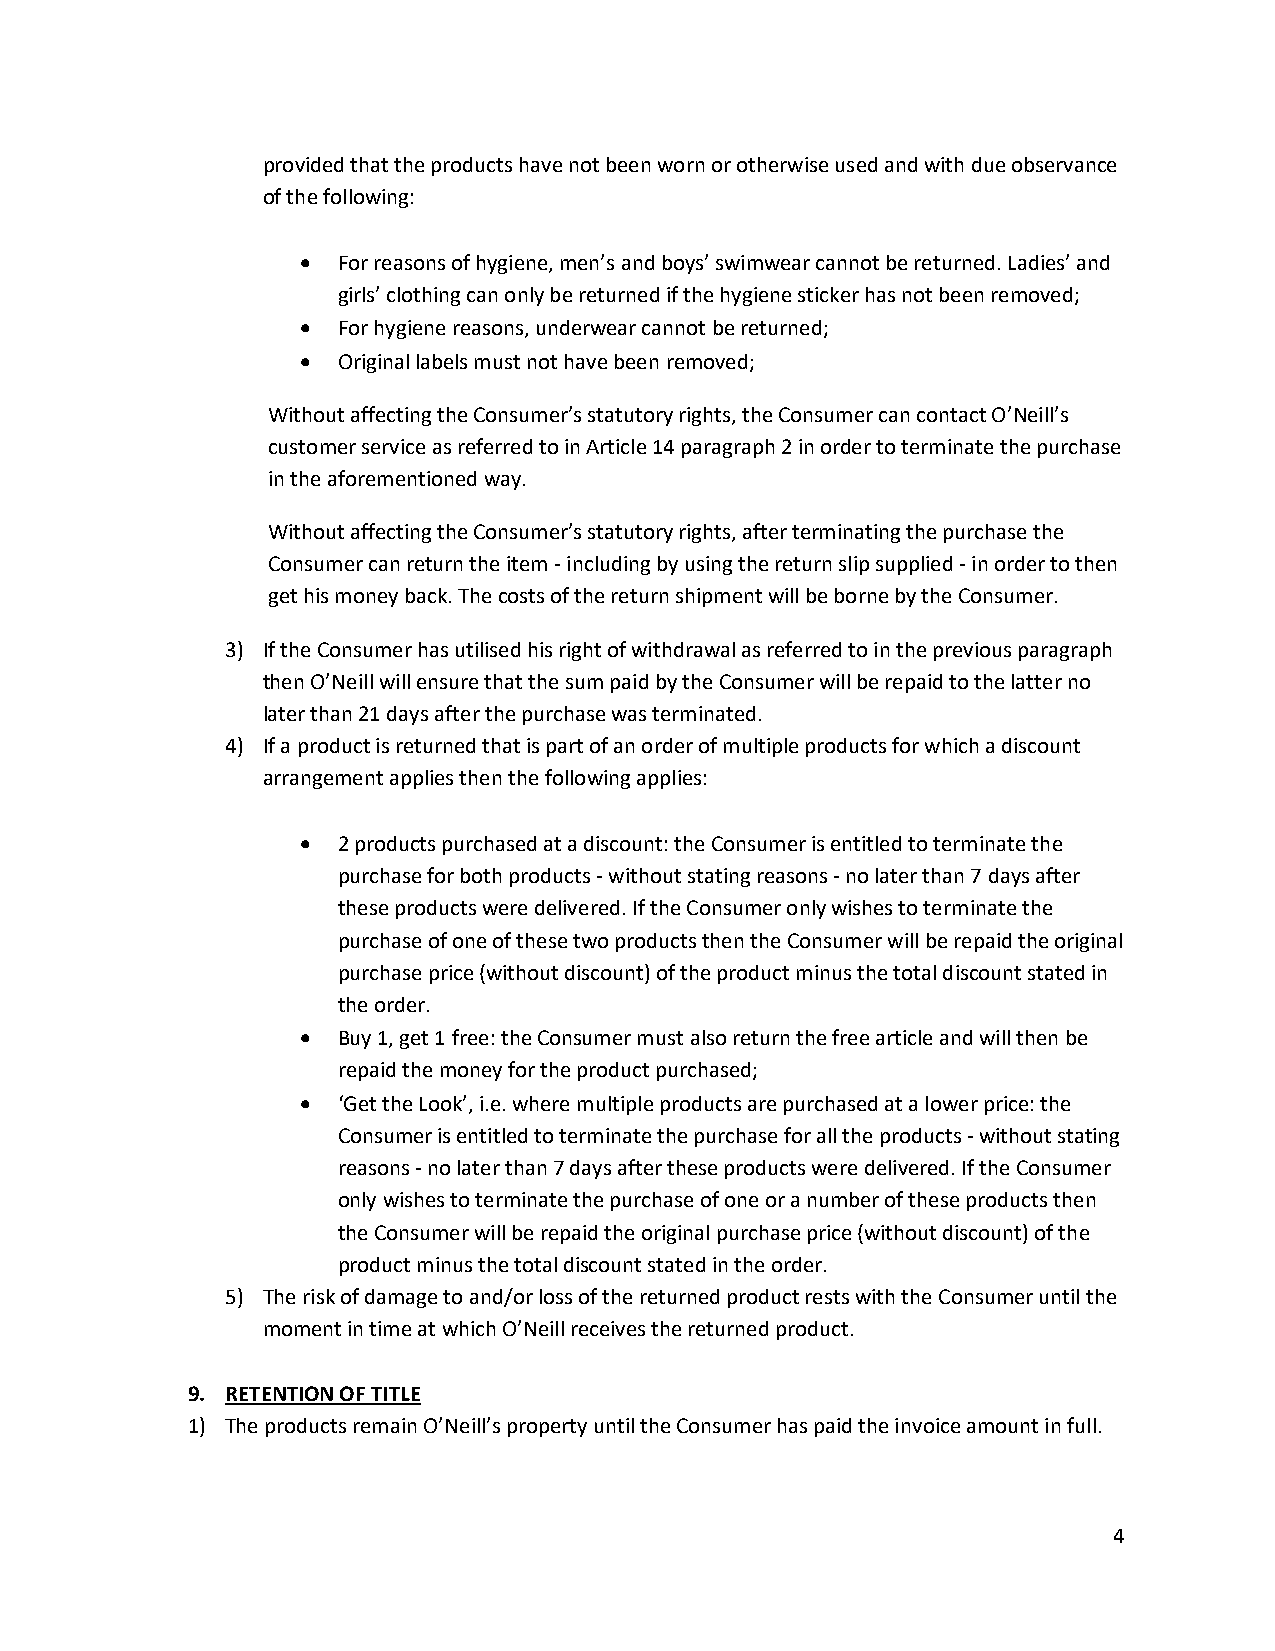
provided that the products have not been worn or otherwise used and with due observance
 of the following:
  For reasons of hygiene, men’s and boys’ swimwear cannot be returned. Ladies’ and
 girls’ clothing can only be returned if the hygiene sticker has not been removed;
  For hygiene reasons, underwear cannot be returned;
  Original labels must not have been removed;
 Without affecting the Consumer’s statutory rights, the Consumer can contact O’Neill’s
 customer service as referred to in Article 14 paragraph 2 in order to terminate the purchase
 in the aforementioned way.
 Without affecting the Consumer’s statutory rights, after terminating the purchase the
 Consumer can return the item - including by using the return slip supplied - in order to then
 get his money back. The costs of the return shipment will be borne by the Consumer.
 3) If the Consumer has utilised his right of withdrawal as referred to in the previous paragraph
 then O’Neill will ensure that the sum paid by the Consumer will be repaid to the latter no
 later than 21 days after the purchase was terminated.
 4) If a product is returned that is part of an order of multiple products for which a discount
 arrangement applies then the following applies:
  2 products purchased at a discount: the Consumer is entitled to terminate the
 purchase for both products - without stating reasons - no later than 7 days after
 these products were delivered. If the Consumer only wishes to terminate the
 purchase of one of these two products then the Consumer will be repaid the original
 purchase price (without discount) of the product minus the total discount stated in
 the order.
  Buy 1, get 1 free: the Consumer must also return the free article and will then be
 repaid the money for the product purchased;
  ‘Get the Look’, i.e. where multiple products are purchased at a lower price: the
 Consumer is entitled to terminate the purchase for all the products - without stating
 reasons - no later than 7 days after these products were delivered. If the Consumer
 only wishes to terminate the purchase of one or a number of these products then
 the Consumer will be repaid the original purchase price (without discount) of the
 product minus the total discount stated in the order.
 5) The risk of damage to and/or loss of the returned product rests with the Consumer until the
 moment in time at which O’Neill receives the returned product.
 9. RETENTION OF TITLE
 1) The products remain O’Neill’s property until the Consumer has paid the invoice amount in full.
 4